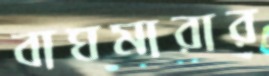
বাঘমারার